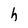
Character: h